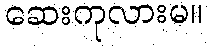
ဆေးကုလားမ။